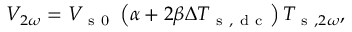
V _ { 2 \omega } = V _ { \mathrm { ~ s ~ 0 ~ } } \left( \alpha + 2 \beta \Delta T _ { \mathrm { ~ s ~ , ~ d ~ c ~ } } \right) T _ { \mathrm { ~ s ~ } , 2 \omega } { , }